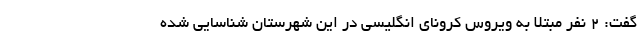
گفت: ۲ نفر مبتلا به ویروس کرونای انگلیسی در این شهرستان شناسایی شده